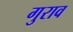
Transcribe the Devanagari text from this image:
गुराव